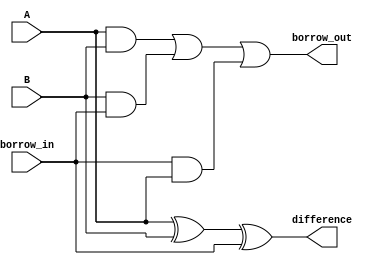
module gate_level_subtractor (
    input wire A,
    input wire B,
    input wire borrow_in,
    output wire difference,
    output wire borrow_out
);

assign difference = (A ^ B ^ borrow_in);
assign borrow_out = ((A & B) | (B & borrow_in) | (borrow_in & A));

endmodule